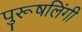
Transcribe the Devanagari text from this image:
पुरूषलिंगी